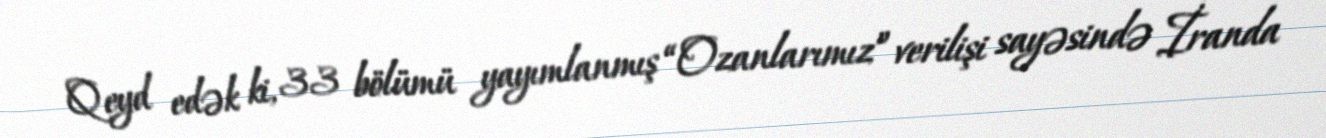
Qeyd edək ki, 33 bölümü yayımlanmış “Ozanlarımız” verilişi sayəsində İranda